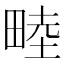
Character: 𪽘